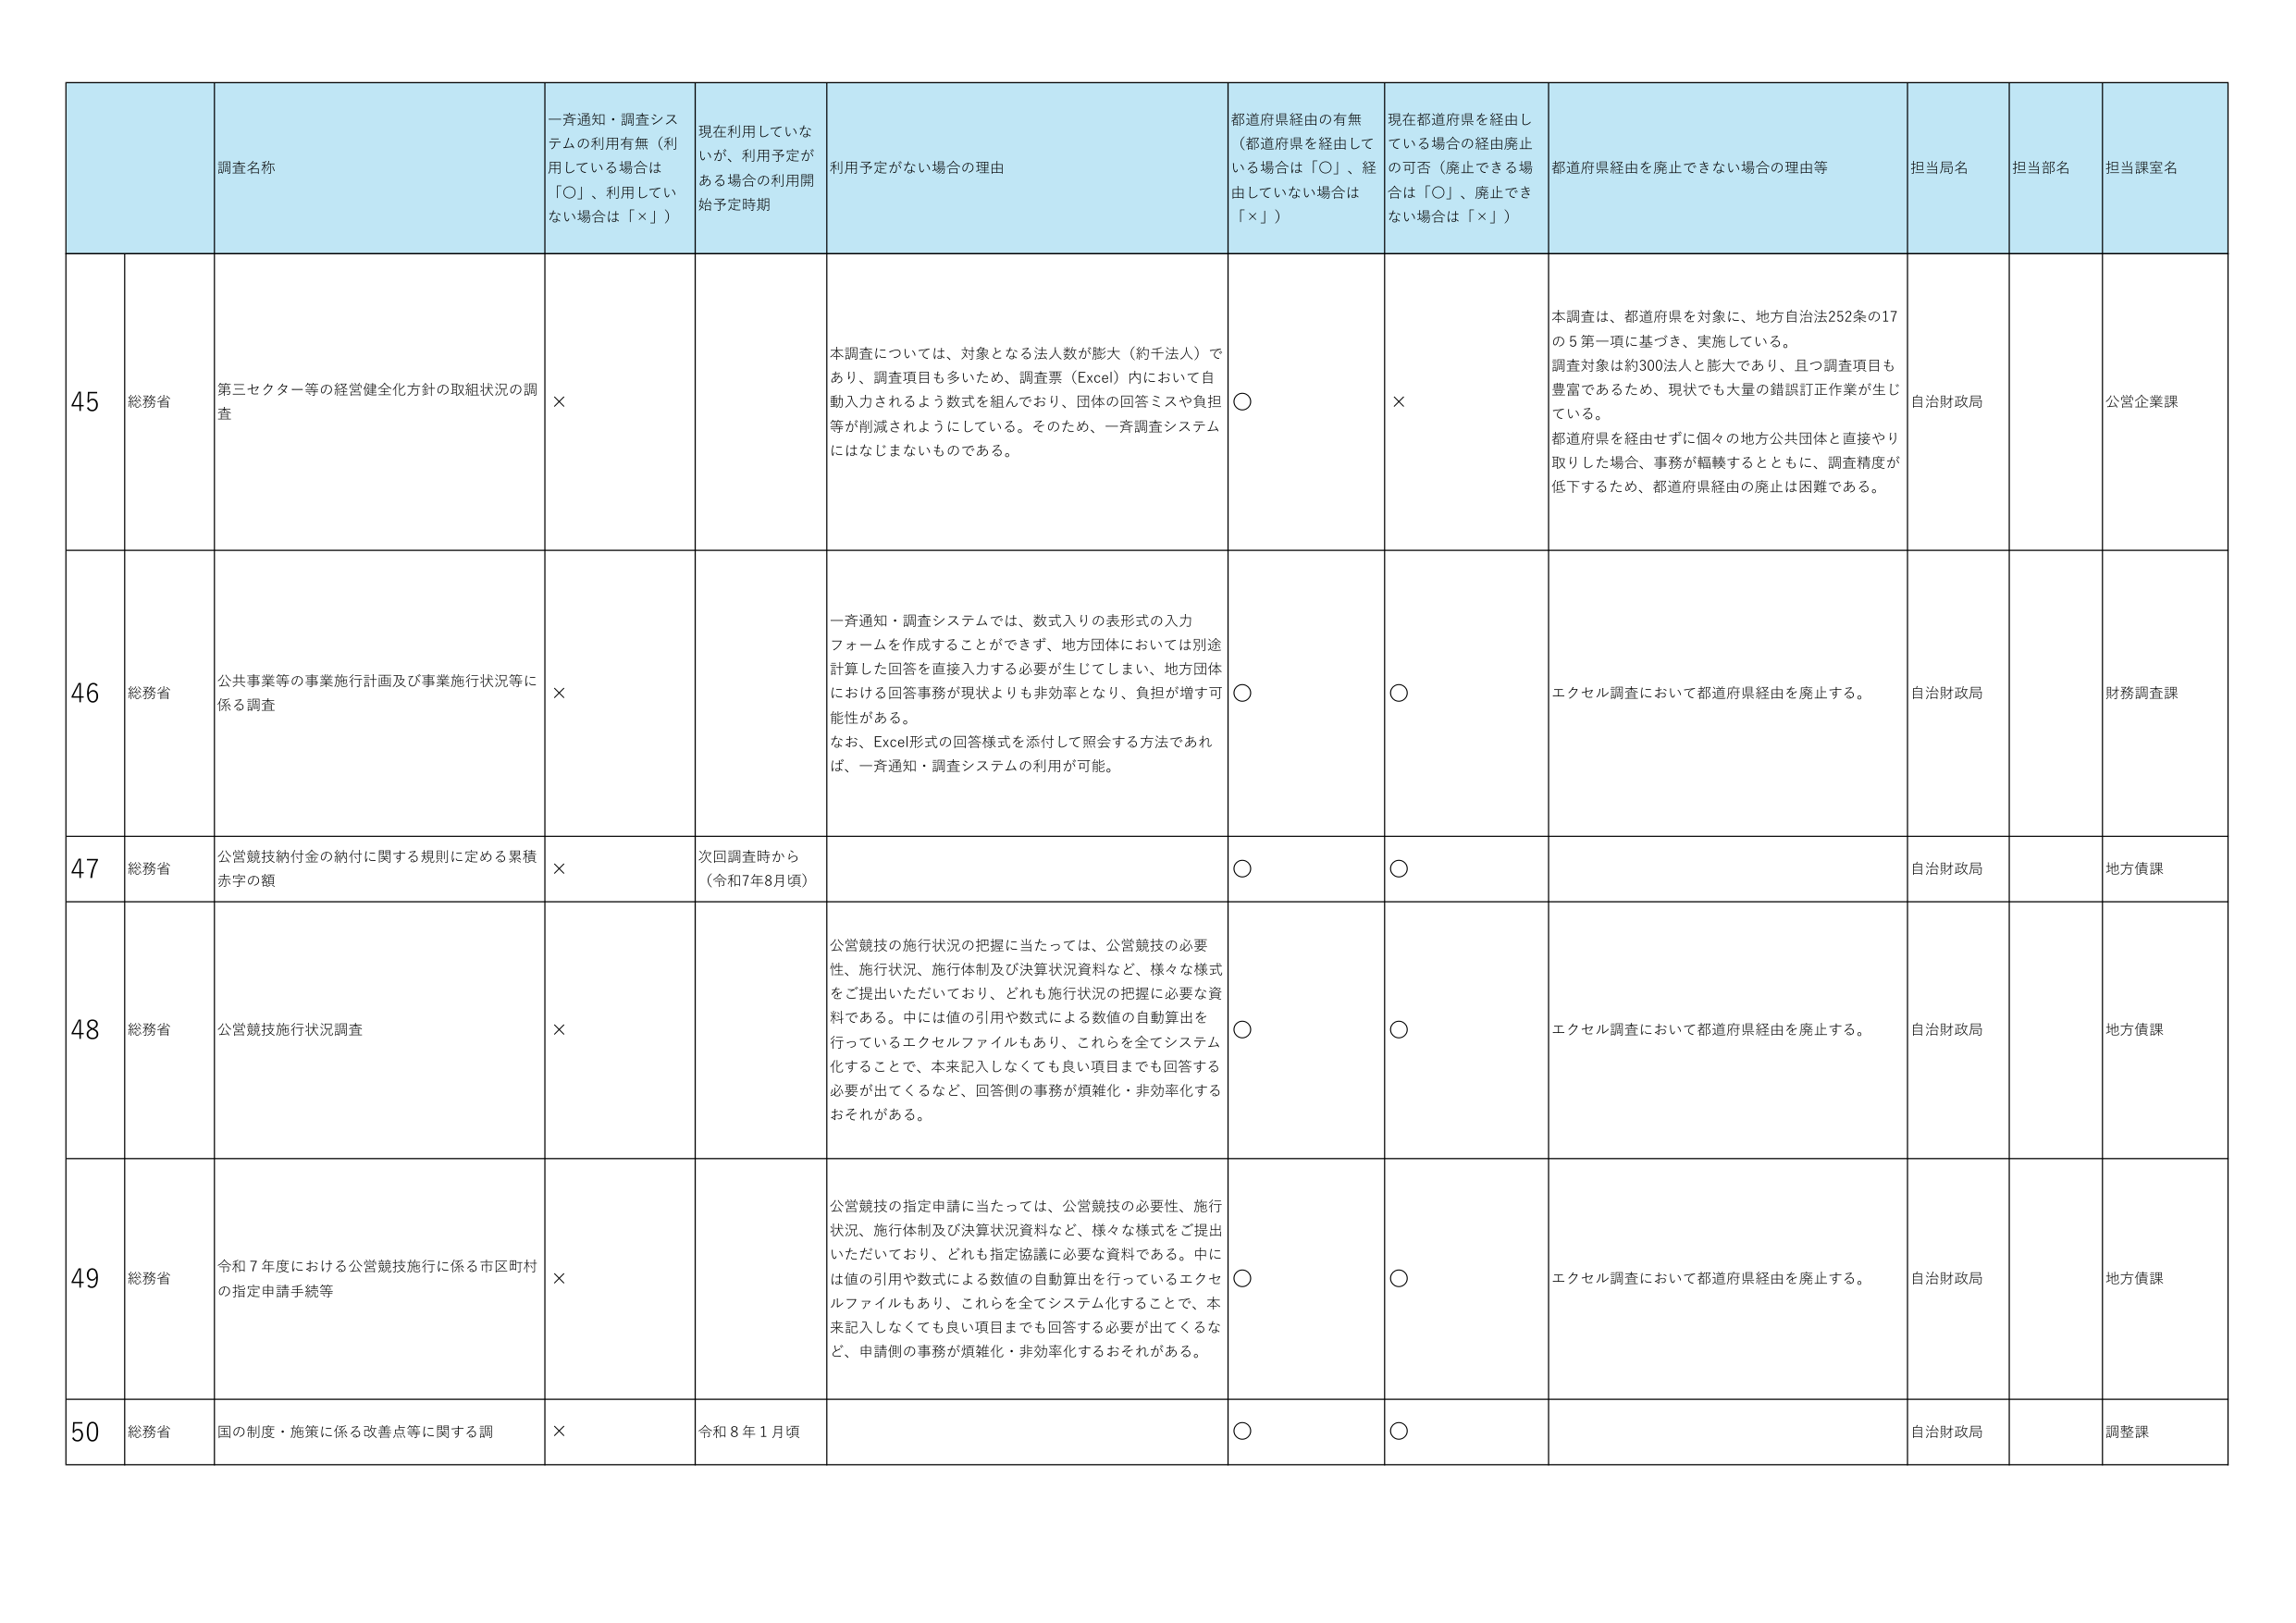
45 総務省 第三セクター等の経営健全化方針の取組状況の調査 × 本調査については、対象となる法人数が膨大（約千法人）であり、調査項目も多いため、調査票（Excel）内において自動入力されるよう数式を組んでおり、団体の回答ミスや負担等が削減されるようにしている。そのため、一斉調査システムにはなじまないものである。 ○ × 本調査は、都道府県を対象に、地方自治法252条の17の5第一項に基づき、実施している。調査対象は約300法人と膨大であり、且つ調査項目も豊富であるため、現状でも大量の錯誤訂正作業が生じている。都道府県を経由せずに個々の地方公共団体と直接やり取りした場合、事務が幅広くなるとともに、調査精度が低下するため、都道府県経由の廃止は困難である。 自治財政局 公営企業課

46 総務省 公共事業等の事業施行計画及び事業施行状況等に係る調査 × 一斉通知・調査システムでは、数式入りの表形式の入力フォームを作成することができず、地方団体においては別途計算した回答を直接入力する必要が生じてしまい、地方団体における回答事務が現状よりも非効率となり、負担が増す可能性がある。 なお、Excel形式の回答様式を添付して照会する方法であれば、一斉通知・調査システムの利用が可能。 ○ ○ エクセル調査において都道府県経由を廃止する。 自治財政局 財務調査課

47 総務省 公営競技納付金の納付に関する規則に定める累積赤字の額 × 次回調査時から（令和7年8月頃） ○ ○ 自治財政局 地方債課

48 総務省 公営競技施行状況調査 × 公営競技の施行状況の把握に当たっては、公営競技の必要性、施行状況、施行体制及び決算状況資料など、様々な様式をご提出いただいており、どれも施行状況の把握に必要な資料である。中には値の引用や数式による数値の自動算出を行っているエクセルファイルもあり、これらを全てシステム化することで、本来記入しなくても良い項目までも回答する必要が出てくるなど、回答側の事務が煩雑化・非効率化するおそれがある。 ○ ○ エクセル調査において都道府県経由を廃止する。 自治財政局 地方債課

49 総務省 令和7年度における公営競技施行に係る市区町村の指定申請手続等 × 公営競技の指定申請に当たっては、公営競技の必要性、施行状況、施行体制及び決算状況資料など、様々な様式をご提出いただいており、どれも指定協議に必要な資料である。中には値の引用や数式による数値の自動算出を行っているエクセルファイルもあり、これらを全てシステム化することで、本来記入しなくても良い項目までも回答する必要が出てくるなど、申請側の事務が煩雑化・非効率化するおそれがある。 ○ ○ エクセル調査において都道府県経由を廃止する。 自治財政局 地方債課

50 総務省 国の制度・施策に係る改善点等に関する調 × 令和8年1月頃 ○ ○ 自治財政局 調整課

一斉通知・調査システムの利用有無（利用している場合は「○」、利用していない場合は「×」）
現在利用していないが、利用予定がある場合の利用開始予定時期
利用予定がない場合の理由
都道府県経由の有無（都道府県を経由している場合は「○」、経由していない場合は「×」）
現在都道府県を経由している場合の経由廃止の可否（廃止できる場合は「○」、廃止できない場合は「×」）
都道府県経由を廃止できない場合の理由等
担当局名
担当部名
担当課室名
調査名称